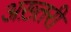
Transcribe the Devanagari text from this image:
अख़्तरी